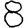
Digit: 8